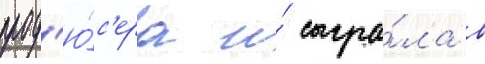
прод'ю́с'ера и́ сыгра́ла в